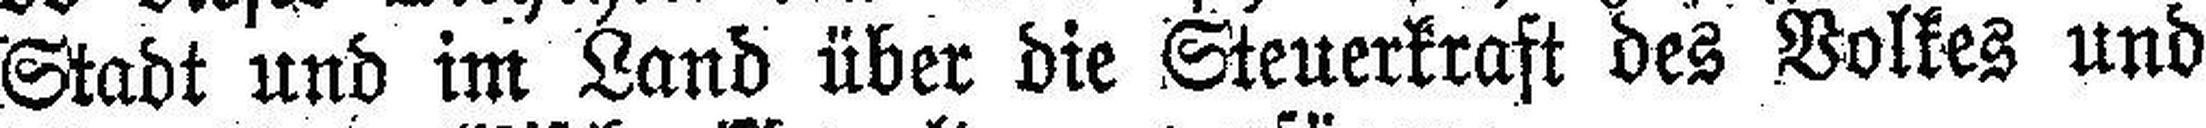
Stadt und im Land über die Steuerkraft des Volkes und